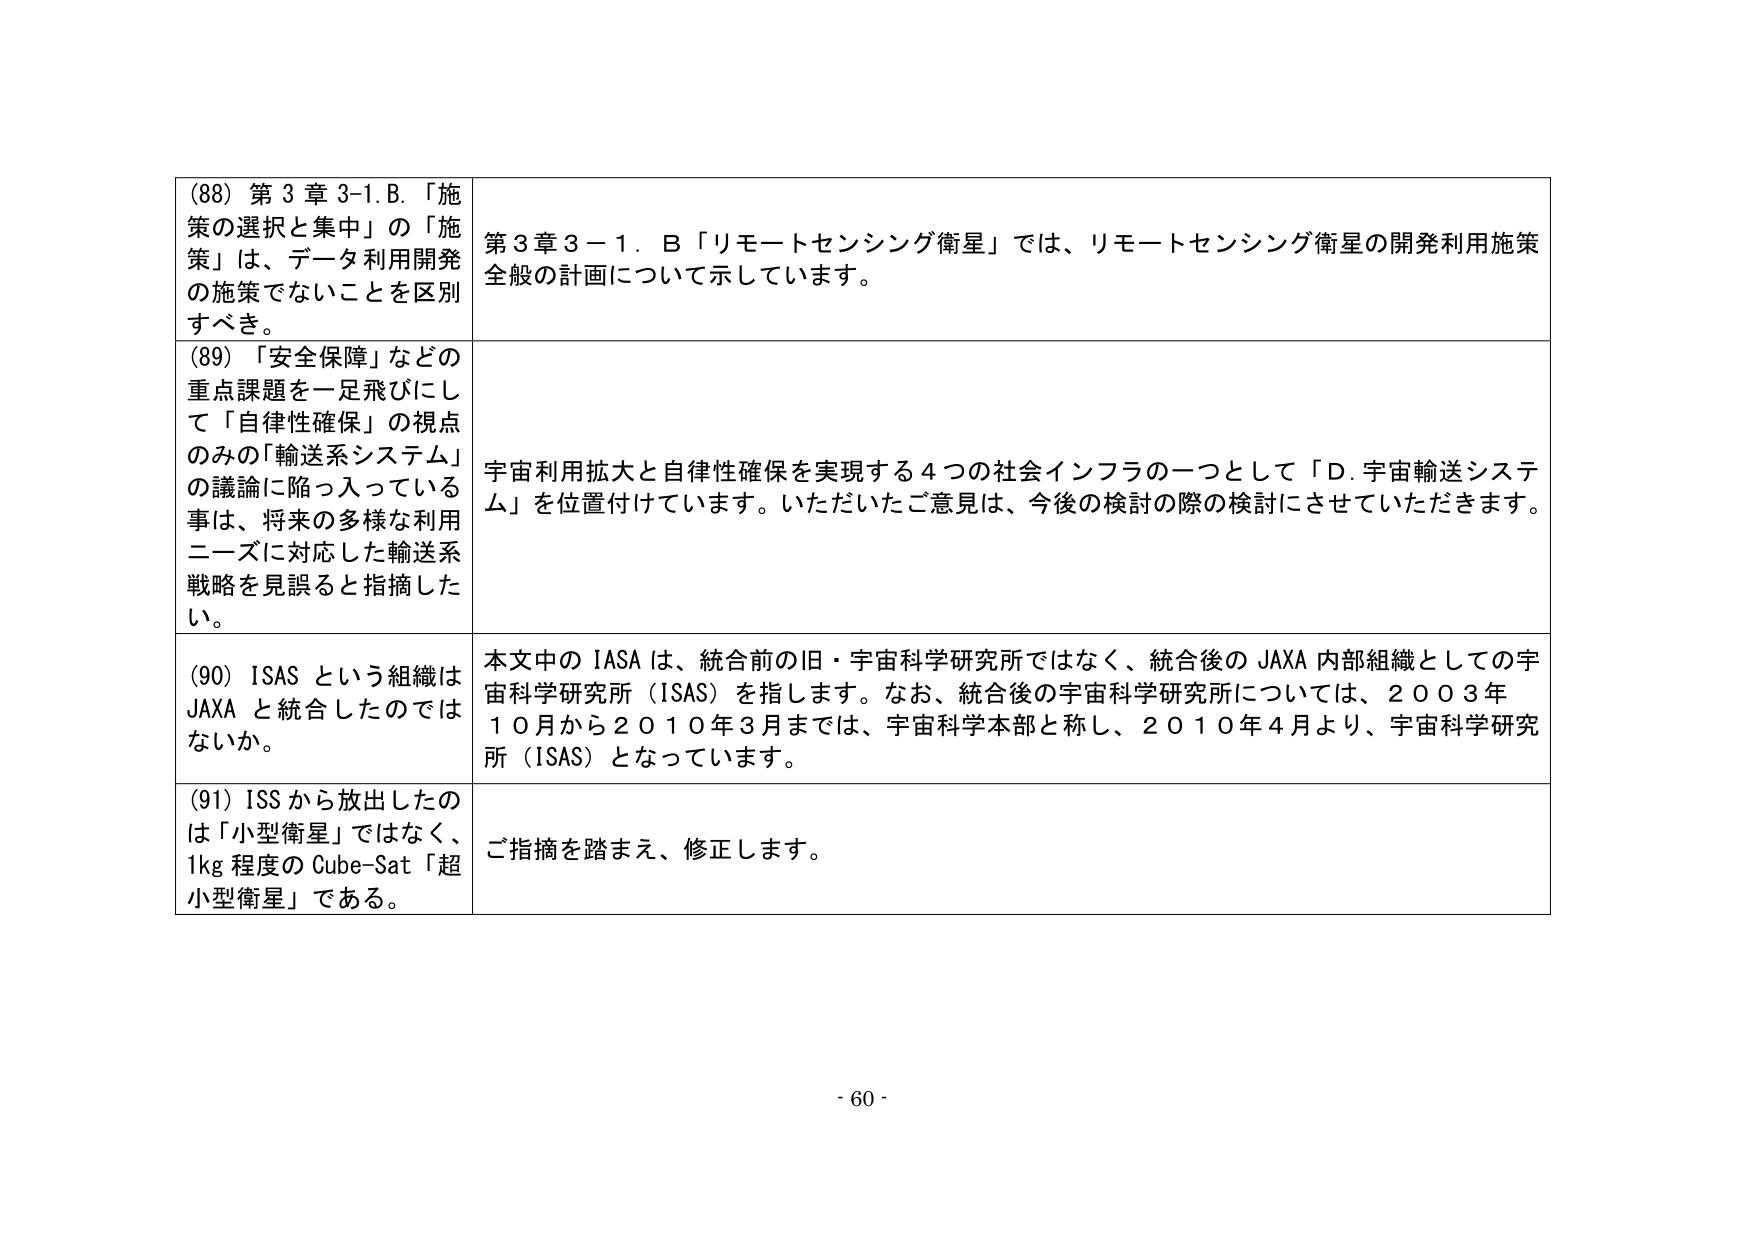
(88) 第3章3-1.B.「施策の選択と集中」の「施策」は、データ利用開発の施策でないことを区別すべき。

(89) 「安全保障」などの重点課題を一足飛びにして「自律性確保」の視点のみの「輸送系システム」の議論に陥り入っている事は、将来の多様な利用ニーズに対応した輸送系戦略を見誤ると指摘したい。

(90) ISAS という組織はJAXA と統合したのではない。

(91) ISS から放出したのは「小型衛星」ではなく、1kg 程度の Cube-Sat「超小型衛星」である。

第3章3－1．B「リモートセンシング衛星」では、リモートセンシング衛星の開発利用施策全般の計画について示しています。

宇宙利用拡大と自律性確保を実現する4つの社会インフラの一つとして「D. 宇宙輸送システム」を位置付けています。いただいたご意見は、今後の検討の際の検討にさせていただきます。

本文中の ISAS は、統合前の旧・宇宙科学研究所ではなく、統合後の JAXA 内部組織としての宇宙科学研究所（ISAS）を指します。なお、統合後の宇宙科学研究所については、2003年10月から2010年3月までは、宇宙科学本部と称し、2010年4月より、宇宙科学研究所（ISAS）となっています。

ご指摘を踏まえ、修正します。

- 60 -